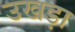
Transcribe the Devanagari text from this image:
उखड़ा